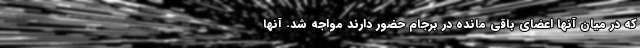
که در میان آنها اعضای باقی مانده در برجام حضور دارند مواجه شد. آنها